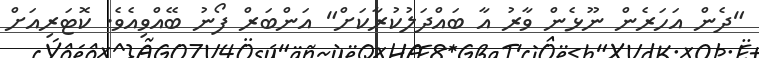
"ދެން އަހަރެން ނޫޅެން ވާރު އާ ބައްދަލުކުރާކަށް" އަންބަރް ފޯނު ބޭއްވިއެވެ. ކޮޓަރިއަށް